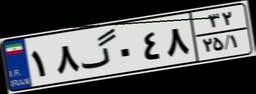
۱۸گ۰۴۸۳۲